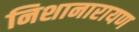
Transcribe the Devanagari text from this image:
निशानारायण